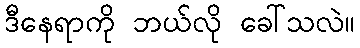
ဒီနေရာကို ဘယ်လို ခေါ်သလဲ။